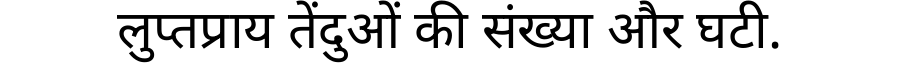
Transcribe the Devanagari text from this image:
लुप्तप्राय तेंदुओं की संख्या और घटी.